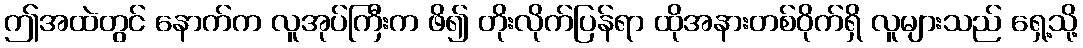
ဤအထဲတွင် နောက်က လူအုပ်ကြီးက ဖိ၍ တိုးလိုက်ပြန်ရာ ထိုအနားတစ်ဝိုက်ရှိ လူများသည် ရှေ့သို့